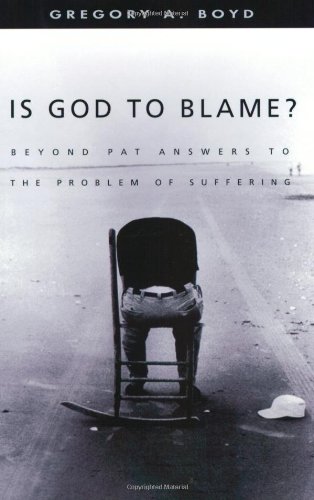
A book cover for Is God to Blame? Moving Beyond Pat Answers to the Problem of Suffering; Gregory A. Boyd; Christian Books & Bibles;